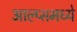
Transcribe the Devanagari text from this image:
आल्प्समध्ये